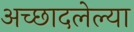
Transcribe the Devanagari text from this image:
अच्छादलेल्या